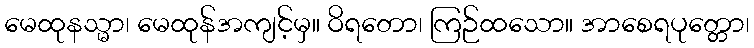
မေထုနသ္မာ၊ မေထုန်အကျင့်မှ။ ဝိရတော၊ ကြဉ်ထသော။ အာစေရပုတ္တော၊